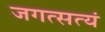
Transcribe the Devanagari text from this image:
जगत्सत्यं